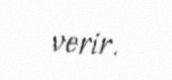
verir.